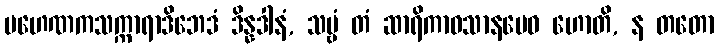
ပဟေဏကသက္ကာရာဒိဘေဒံ ဒိန္နဒါနံ, သဗ္ဗံ တံ ဆာရိကာဝသာနမေဝ ဟောတိ, န တတော